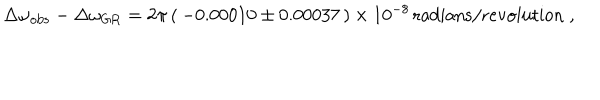
\Delta \omega _ { \mathrm { o b s } } - \Delta \omega _ { \mathrm { G R } } = 2 \pi \, ( \, - 0 . 0 0 0 1 0 \pm 0 . 0 0 0 3 7 \, ) \times 1 0 ^ { - 8 } \, \mathrm { r a d i a n s / r e v o l u t i o n } \; ,